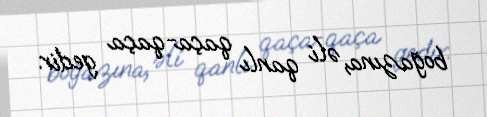
boğazına, əli qanlı qaça-qaça gedir.